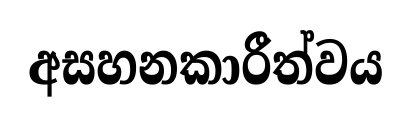
අසහනකාරීත්වය